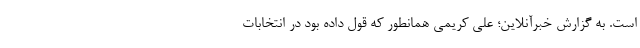
است. به گزارش خبرآنلاین؛ علی کریمی همانطور که قول داده بود در انتخابات